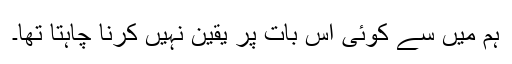
ہم میں سے کوئی اس بات پر یقین نہیں کرنا چاہتا تھا۔